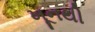
ખૂનથી